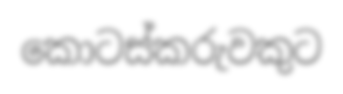
කොටස්කරුවකුට